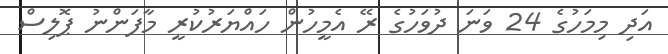
އަދި މިމަހުގެ 24 ވަނަ ދުވަހުގެ ރޭ އެމީހުން ހައްޔަރުކުރީ މާފަންނު ޕޮލިސް